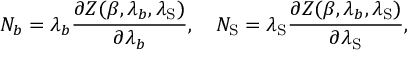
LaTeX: N _ { b } = \lambda _ { b } { \frac { \partial { \cal Z } ( \beta , \lambda _ { b } , \lambda _ { \mathrm { S } } ) } { \partial \lambda _ { b } } } , \quad N _ { \mathrm { S } } = \lambda _ { \mathrm { S } } { \frac { \partial { \cal Z } ( \beta , \lambda _ { b } , \lambda _ { \mathrm { S } } ) } { \partial \lambda _ { \mathrm { S } } } } , \quad